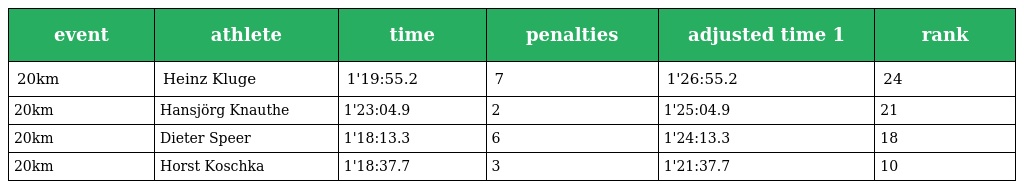
| event | athlete | time | penalties | adjusted time 1 | rank |
 | --- | --- | --- | --- | --- | --- |
 | 20km | Heinz Kluge | 1'19:55.2 | 7 | 1'26:55.2 | 24 |
 | 20km | Hansjörg Knauthe | 1'23:04.9 | 2 | 1'25:04.9 | 21 |
 | 20km | Dieter Speer | 1'18:13.3 | 6 | 1'24:13.3 | 18 |
 | 20km | Horst Koschka | 1'18:37.7 | 3 | 1'21:37.7 | 10 |